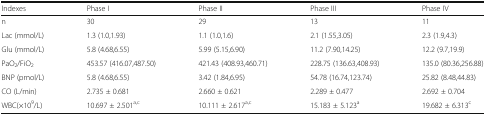
<table><thead><tr><td><b>Indexes</b></td><td><b>Phase I</b></td><td><b>Phase II</b></td><td><b>Phase III</b></td><td><b>Phase IV</b></td></tr></thead><tbody><tr><td>n</td><td>30</td><td>29</td><td>13</td><td>11</td></tr><tr><td>Lac (mmol/L)</td><td>1.3 (1.0,1.93)</td><td>1.1 (1.0,1.6)</td><td>2.1 (1.55,3.05)</td><td>2.3 (1.9,4.3)</td></tr><tr><td>Glu (mmol/L)</td><td>5.8 (4.68,6.55)</td><td>5.99 (5.15,6.90)</td><td>11.2 (7.90,14.25)</td><td>12.2 (9.7,19.9)</td></tr><tr><td>PaO<sub>2</sub>/FiO<sub>2</sub></td><td>453.57 (416.07,487.50)</td><td>421.43 (408.93,460.71)</td><td>228.75 (136.63,408.93)</td><td>135.0 (80.36,256.88)</td></tr><tr><td>BNP (pmol/L)</td><td>5.8 (4.68,6.55)</td><td>3.42 (1.84,6.95)</td><td>54.78 (16.74,123.74)</td><td>25.82 (8.48,44.83)</td></tr><tr><td>CO (L/min)</td><td>2.735 ± 0.681</td><td>2.660 ± 0.621</td><td>2.289 ± 0.477</td><td>2.692 ± 0.704</td></tr><tr><td>WBC(×10<sup>9</sup>/L)</td><td>10.697 ± 2.501<sup>a,c</sup></td><td>10.111 ± 2.617<sup>a,c</sup></td><td>15.183 ± 5.123<sup>a</sup></td><td>19.682 ± 6.313<sup>c</sup></td></tr></tbody></table>